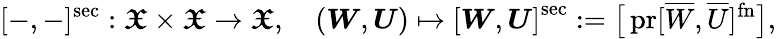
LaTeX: [-,-]^{\mathrm{sec}}:\boldsymbol{\mathfrak X}\times\boldsymbol{\mathfrak X}\to\boldsymbol{\mathfrak X},\quad\left(\boldsymbol W,\boldsymbol U\right)\mapsto\left[\boldsymbol W,\boldsymbol U\right]^{\mathrm{sec}}:=\big[\operatorname{pr}[\overline{W},\overline{U}]^{\mathrm{fn}}\big],